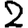
Digit: 2